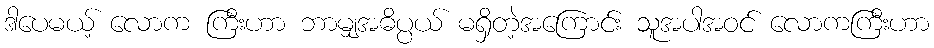
ဒါပေမယ့် လောက ကြီးဟာ ဘာမျှအဓိပ္ပယ် မရှိတဲ့အကြောင်း သူအပါအဝင် လောကကြီးဟာ